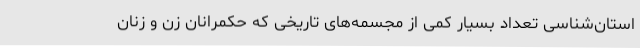
استان‌شناسی تعداد بسیار کمی از مجسمه‌های تاریخی که حکمرانان زن و زنان